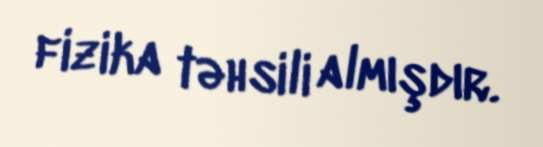
fizika təhsili almışdır.